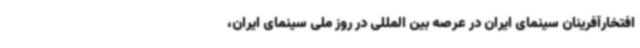
افتخارآفرینان سینمای ایران در عرصه بین المللی در روز ملی سینمای ایران،